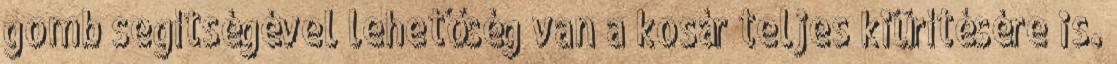
gomb segítségével lehetőség van a kosár teljes kiürítésére is.